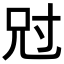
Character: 𡬣